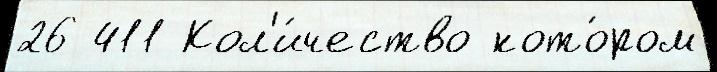
26 411 Кол'и́чество кото́ром